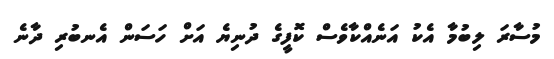
މުސާރަ ލިބުމާ އެކު އަނެއްކާވެސް ކޮފީގެ ދުނިޔެ އަށް ހަސަން އެނބުރި ދާނެ